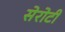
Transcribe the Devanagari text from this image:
सेरोटी